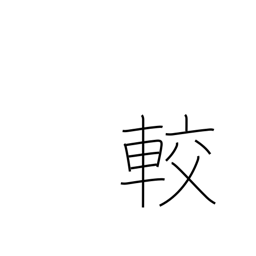
Meaning: contrast